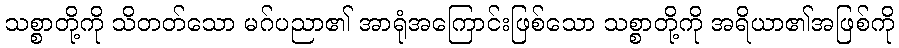
သစ္စာတို့ကို သိတတ်သော မဂ်ပညာ၏ အာရုံအကြောင်းဖြစ်သော သစ္စာတို့ကို အရိယာ၏အဖြစ်ကို